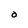
Character: O